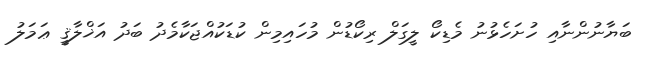
ބަޔާނުންނާއި ހުށަހެޅުނު މެޑިކޯ ލީގަލް ރިކޯޑުން މުހައިމިން ކުޑަކުއްޖަކާމެދު ބަދު އަޚްލާޤީ ޢަމަލު